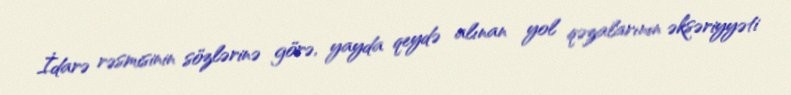
İdarə rəsmisinin sözlərinə görə, yayda qeydə alınan yol qəzalarının əksəriyyəti